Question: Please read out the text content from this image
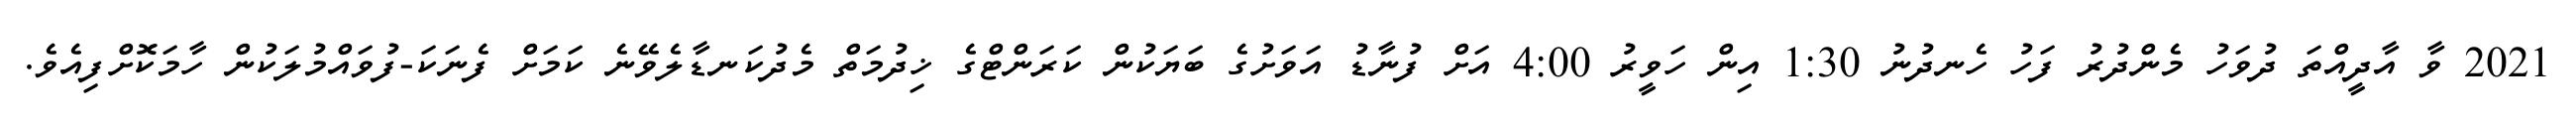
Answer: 2021 ވާ އާދީއްތަ ދުވަހު މެންދުރު ފަހު ހެނދުނު 1:30 އިން ހަވީރު 4:00 އަށް ފުނާޑު އަވަށުގެ ބަޔަކުން ކަރަންޓްގެ ޚިދުމަތް މެދުކަނޑާލެވޭނެ ކަމަށް ފެނަކަ-ފުވައްމުލަކުން ހާމަކޮށްފިއެވެ.